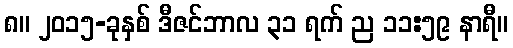
၈။ ၂၀၁၅-ခုနှစ် ဒီဇင်ဘာလ ၃၁ ရက် ည ၁၁:၅၉ နာရီ။